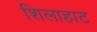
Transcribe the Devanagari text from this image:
शिलाहाट